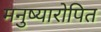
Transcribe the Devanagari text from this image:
मनुष्यारोपित